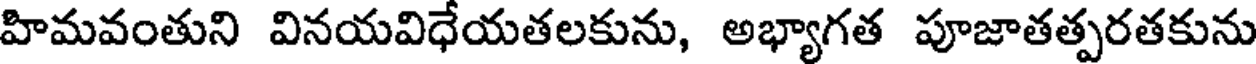
హిమవంతుని వినయవిధేయతలకును, అభ్యాగత పూజాతత్పరతకును